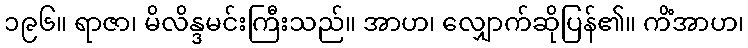
၁၉၆။ ရာဇာ၊ မိလိန္ဒမင်းကြီးသည်။ အာဟ၊ လျှောက်ဆိုပြန်၏။ ကိံအာဟ၊